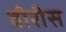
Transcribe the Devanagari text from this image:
वीरीस